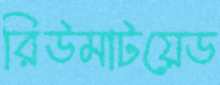
রিউমাটয়েড